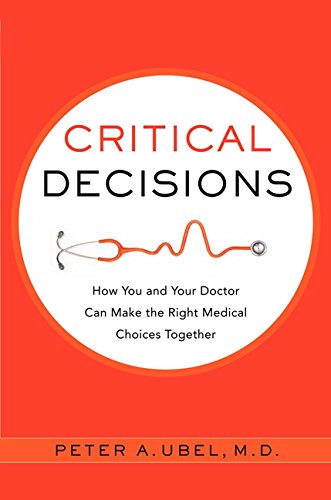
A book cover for Critical Decisions: How You and Your Doctor Can Make the Right Medical Choices Together; Peter A. Ubel; Medical Books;